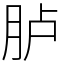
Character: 胪